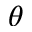
\theta